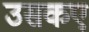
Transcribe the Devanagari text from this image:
उसकए